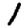
Digit: 1